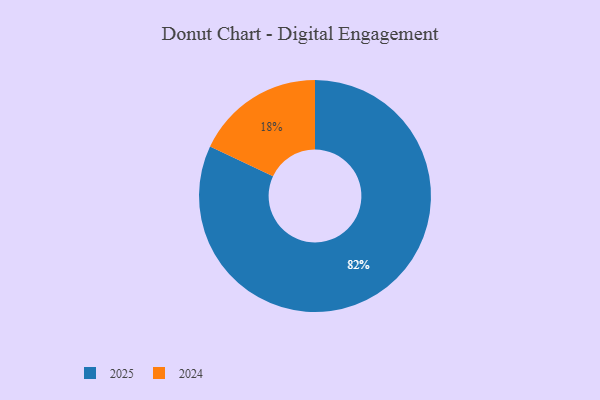
{"axis": {"x": "Category", "y": "Percentage"}, "legend": ["2024", "2025"], "data": [{"x": "2024", "y": 18, "type": "2024"}, {"x": "2025", "y": 82, "type": "2025"}]}